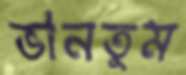
ভানতুম